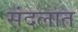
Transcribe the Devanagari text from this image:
संदलात